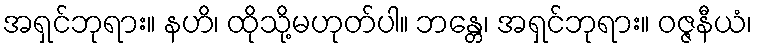
အရှင်ဘုရား။ နဟိ၊ ထိုသို့မဟုတ်ပါ။ ဘန္တေ၊ အရှင်ဘုရား။ ဝဇ္ဇနီယံ၊